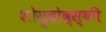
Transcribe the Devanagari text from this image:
शोसुदोव्स्की